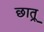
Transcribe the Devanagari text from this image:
छात्र्